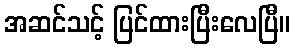
အဆင်သင့် ပြင်ထားပြီးလေပြီ။